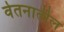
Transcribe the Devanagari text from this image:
वेतनातील